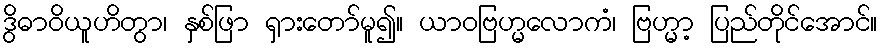
ဒွိဓာဝိယူဟိတွာ၊ နှစ်ဖြာ ရှားတော်မူ၍။ ယာဝဗြဟ္မလောကံ၊ ဗြဟ္မာ့ ပြည်တိုင်အောင်။